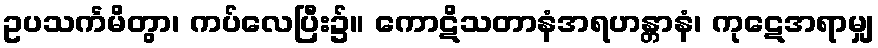
ဥပသင်္ကမိတွာ၊ ကပ်လေပြီး၌။ ကောဋိသတာနံအရဟန္တာနံ၊ ကုဋေအရာမျှ